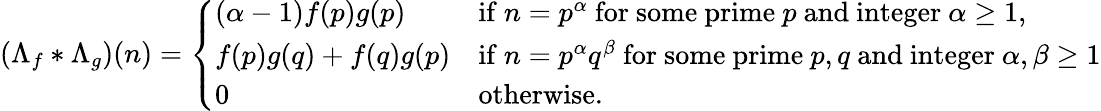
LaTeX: \left(\Lambda_{f}\ast\Lambda_{g}\right)(n)={\left\{ \begin{array}{ll}{(\alpha-1)f(p)g(p)}&{{\mathrm{if~}}n=p^{\alpha}{\mathrm{~for~some~prime~}}p{\mathrm{~and~integer~}}\alpha\geq 1,}\\ {f(p)g(q)+f(q)g(p)}&{{\mathrm{if~}}n=p^{\alpha}q^{\beta}{\mathrm{~for~some~prime~}}p,q{\mathrm{~and~integer~}}\alpha,\beta\geq 1}\\ {0}&{{\mathrm{otherwise.}}}\end{array}\right.}